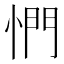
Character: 㥃